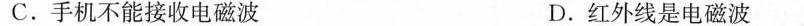
C.手机不能接收电磁波 D.红外线是电磁波